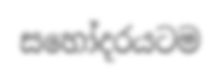
සහෝදරයටම